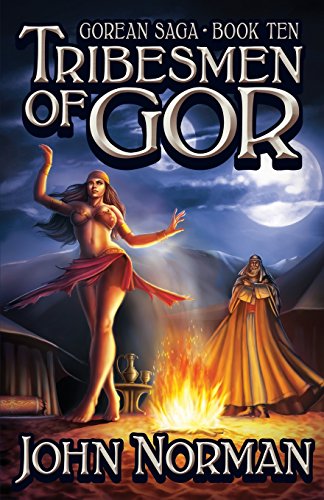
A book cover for Tribesmen of Gor (Gorean Saga); John Norman; Romance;